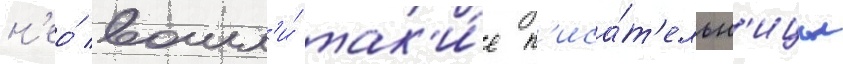
н'ео́ вошл'и́ так'и́е п'иса́т'ельн'ицы